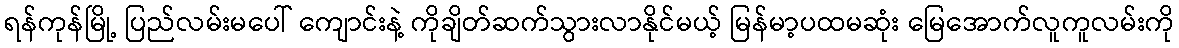
ရန်ကုန်မြို့ ပြည်လမ်းမပေါ် ကျောင်းနဲ့ ကိုချိတ်ဆက်သွားလာနိုင်မယ့် မြန်မာ့ပထမဆုံး မြေအောက်လူကူလမ်းကို